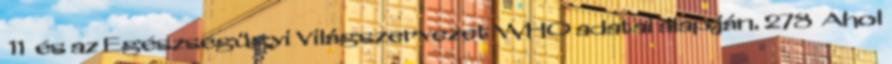
11 és az Egészségügyi Világszervezet WHO adatai alapján. 278 Ahol